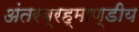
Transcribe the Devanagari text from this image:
अंतरब्रह्माण्डीय